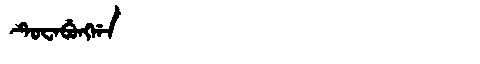
Manchu: ᡨᡠᠸᠠᠪᡠᠩᡤᠠ
Romanization: TUWABUNGGA